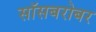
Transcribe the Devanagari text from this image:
सॉसबरोबर